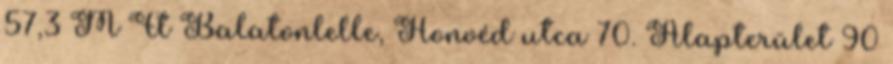
57,3 M Ft Balatonlelle, Honvéd utca 70. Alapterület 90